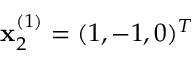
\mathbf { x } _ { 2 } ^ { ( 1 ) } = ( 1 , - 1 , 0 ) ^ { T }